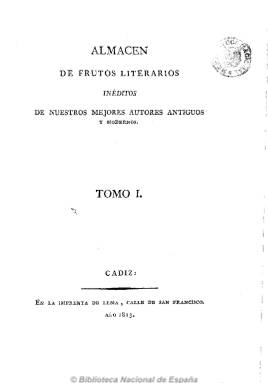
Título: Almacén de frutos literarios inéditos de nuestros mejores autores antiguos y modernos (Reimp. en Cádiz)
Colección: Política || Economía
Ámbito geográfico: Cádiz
Lugar de publicación: Cádiz
Fechas: 01/01/1813-31/12/1813

El fascículo que se conserva es una reimpresión de la original de 1804 y contiene en su totalidad el manuscrito de Gándara escrito hacia 1759. En este escrito el autor expresa ideas políticas, económicas y reflexiones con el ánimo de restaurar un esplendor de la nación basado en una libertad económica, de comercio e intelectual que consiga superar la reglamentación por gremios y los derechos señoriales y de fueros locales, esperando mayor justicia del rey que de las oligarquías establecidas. Estas ideas políticas se enmarcan en las propuestas de muchos intelectuales españoles de la época durante el reinado de Carlos III.